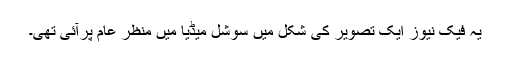
یہ فیک نیوز ایک تصویر کی شکل میں سوشل میڈیا میں منظر عام پرآئی تھی۔